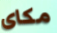
مكاى